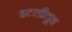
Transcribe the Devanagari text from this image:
इटलीतून